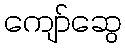
ကျော်ဆွေ